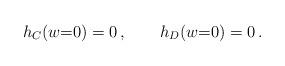
LaTeX: \begin{align*}h_C(w{=}0) = 0\,, \qquad h_D(w{=}0) = 0\,.\end{align*}